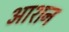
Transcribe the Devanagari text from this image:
आशन